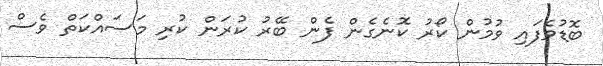
ބޮޑުވެފައި ވުމުން ކޯރު ކޮނެގެން ފެން ބޭރު ކުރަން ކުރި މަސައްކަތް ވެސް